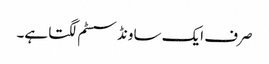
صرف ایک ساونڈ سسٹم لگتا ہے۔